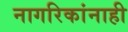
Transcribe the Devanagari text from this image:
नागरिकांनाही